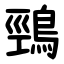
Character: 鵛